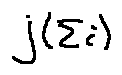
j ( \sum i )